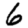
Digit: 6